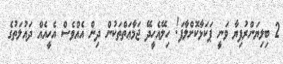
2 ބިލިޔަންރުފިޔާ ވަނީ ޕަކަޅާކޮށްލާފަ! ހިލޭއެހީދޭ ޖަމާޢަތްތަކުން ދިން އެއްވެސް އެހީއެއް ދައުލަތުގެ